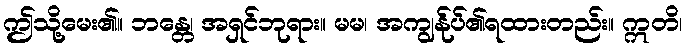
ဤသို့မေး၏။ ဘန္တေ၊ အရှင်ဘုရား။ မမ၊ အကျွန်ုပ်၏ရထားတည်း။ ဣတိ၊